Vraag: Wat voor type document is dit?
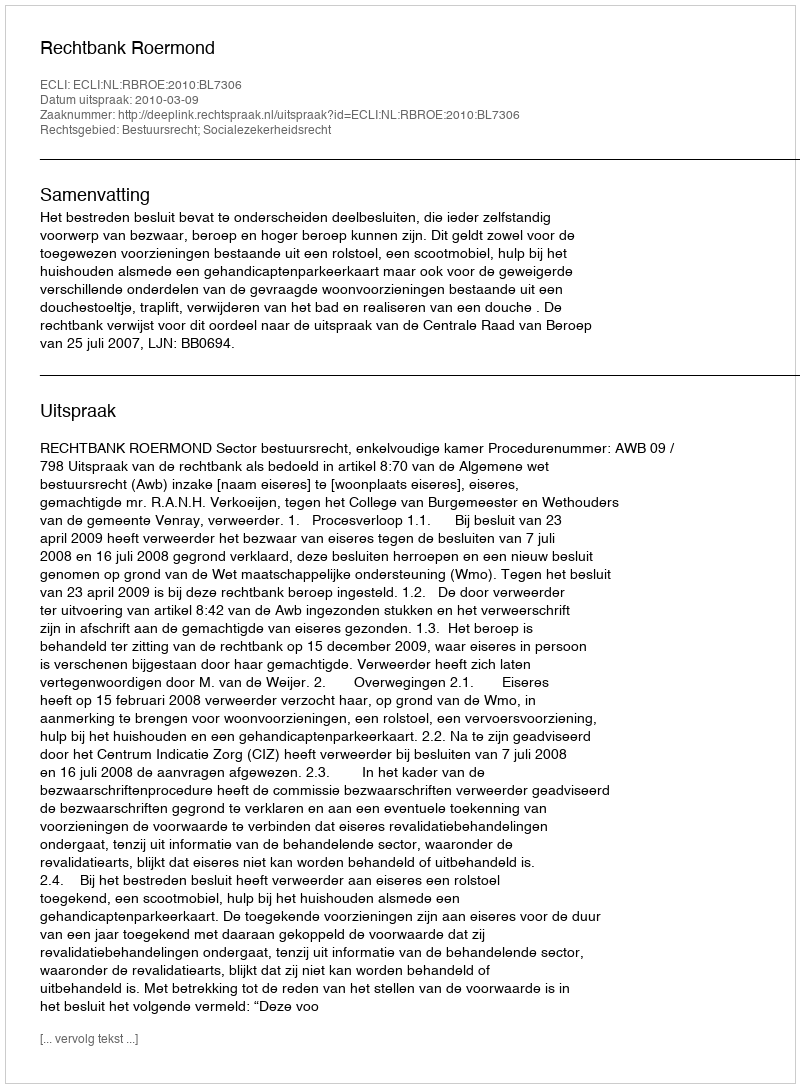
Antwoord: Uitspraak